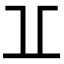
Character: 𠀌